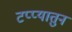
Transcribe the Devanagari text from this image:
टप्प्यातुन